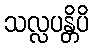
သလ္လပန္တိပိ